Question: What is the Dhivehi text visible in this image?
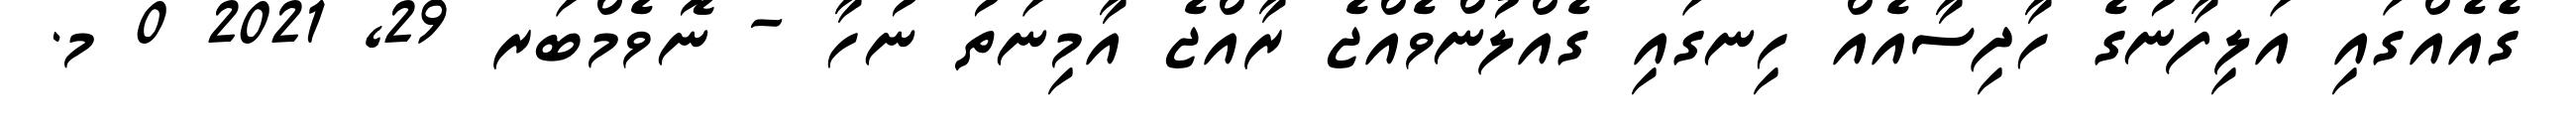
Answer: ގެއެއްގައި އަލިފާނުގެ ހާދިސާއެއް ހިނގައި ގެއްލުންވެއްޖެ ރާއްޖެ އާމިނަތު ނުހާ - ނޮވެމްބަރ 29, 2021 0 މ.